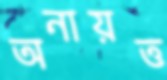
অনায়ত্ত